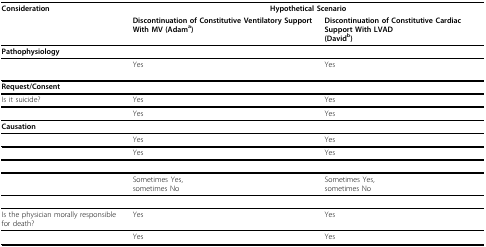
<table><thead><tr><td><b>Consideration</b></td><td colspan="2"><b>Hypothetical Scenario</b></td></tr><tr><td>[EMPTY_CELL]</td><td><b>Discontinuation of Constitutive Ventilatory Support With MV (Adam<sup>a</sup>)</b></td><td><b>Discontinuation of Constitutive Cardiac Support With LVAD(David<sup>b</sup>)</b></td></tr></thead><tbody><tr><td><b>Pathophysiology</b></td><td>[EMPTY_CELL]</td><td>[EMPTY_CELL]</td></tr><tr><td>[EMPTY_CELL]</td><td>Yes</td><td>Yes</td></tr><tr><td><b>Request/Consent</b></td><td>[EMPTY_CELL]</td><td>[EMPTY_CELL]</td></tr><tr><td>Is it suicide?</td><td>Yes</td><td>Yes</td></tr><tr><td>[EMPTY_CELL]</td><td>Yes</td><td>Yes</td></tr><tr><td><b>Causation</b></td><td>[EMPTY_CELL]</td><td>[EMPTY_CELL]</td></tr><tr><td>[EMPTY_CELL]</td><td>Yes</td><td>Yes</td></tr><tr><td>[EMPTY_CELL]</td><td>Yes</td><td>Yes</td></tr><tr><td>[EMPTY_CELL]</td><td>[EMPTY_CELL]</td><td>[EMPTY_CELL]</td></tr><tr><td>[EMPTY_CELL]</td><td>Sometimes Yes,sometimes No</td><td>Sometimes Yes,sometimes No</td></tr><tr><td>[EMPTY_CELL]</td><td>[EMPTY_CELL]</td><td>[EMPTY_CELL]</td></tr><tr><td>Is the physician morally responsible for death?</td><td>Yes</td><td>Yes</td></tr><tr><td>[EMPTY_CELL]</td><td>Yes</td><td>Yes</td></tr></tbody></table>